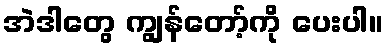
အဲဒါတွေ ကျွန်တော့်ကို ပေးပါ။